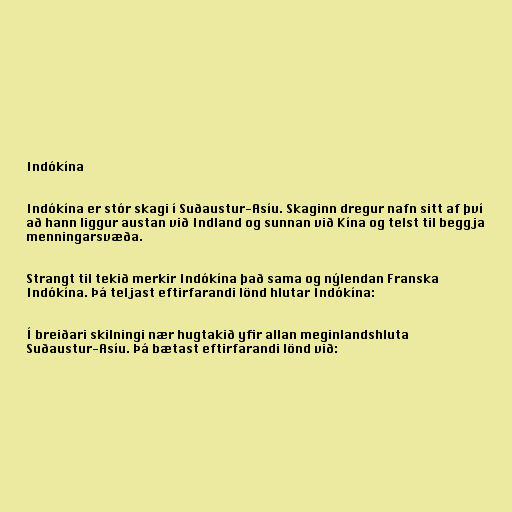
Indókína

Indókína er stór skagi í Suðaustur-Asíu. Skaginn dregur nafn sitt af því
að hann liggur austan við Indland og sunnan við Kína og telst til beggja
menningarsvæða.

Strangt til tekið merkir Indókína það sama og nýlendan Franska
Indókína. Þá teljast eftirfarandi lönd hlutar Indókína:

Í breiðari skilningi nær hugtakið yfir allan meginlandshluta
Suðaustur-Asíu. Þá bætast eftirfarandi lönd við: